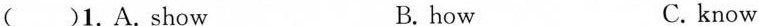
( )1.A.Show B.how C. know